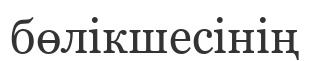
бөлікшесінің